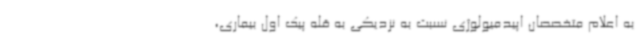
به اعلام متخصصان اپیدمیولوژی نسبت به نزدیکی به قله پیک اول بیماری،